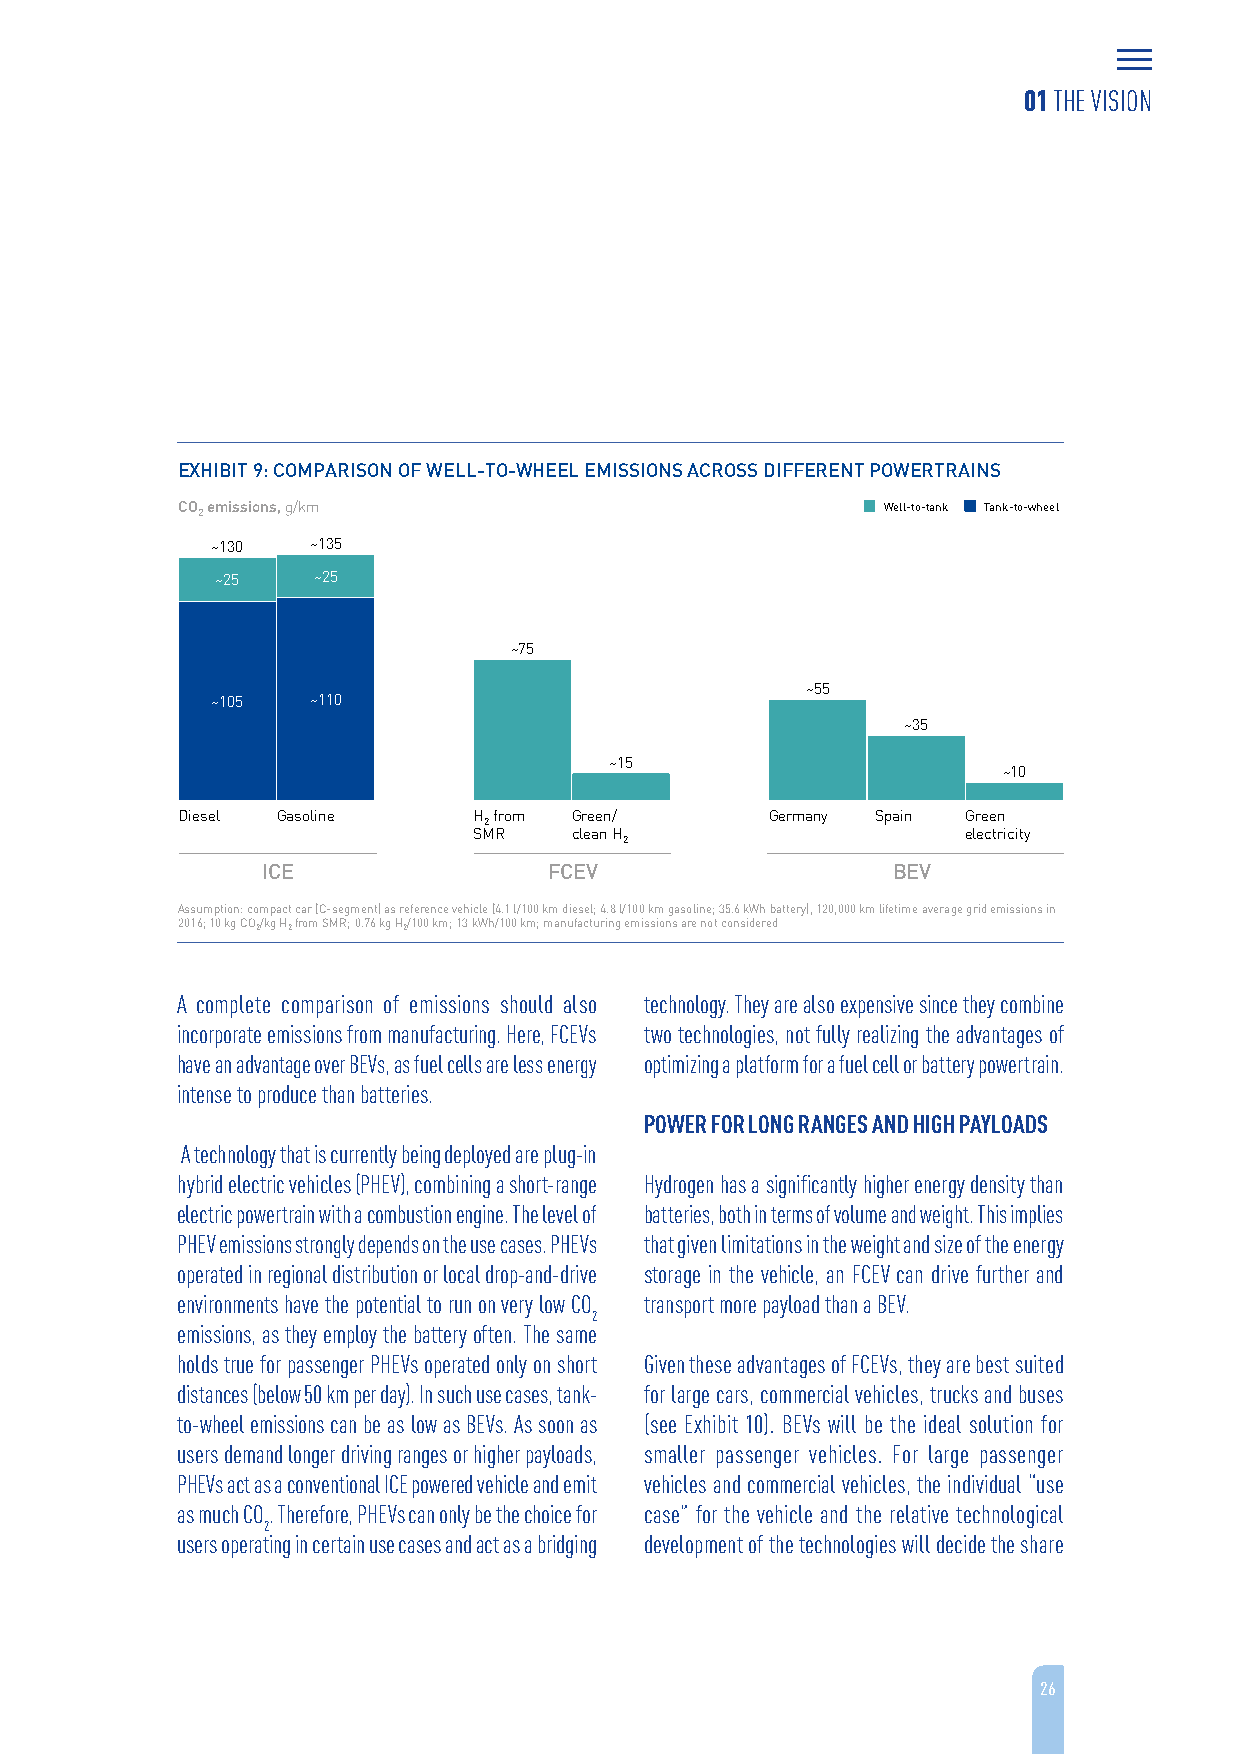
01 THE VISION
 EXHIBIT 9: COMPARISON OF WELL-TO-WHEEL EMISSIONS ACROSS DIFFERENT POWERTRAINS
 CO 2emissions, g/km                           Well-to-tank Tank-to-wheel
 ~130   ~135
 ~25    ~25
 ~75
 ~55
 ~105   ~110
 ~35
 ~15
 ~10
 Diesel Gasoline    H from Green/       Germany Spain Green
 2
 SMR    clean H                   electricity
 2
 ICE                FCEV                   BEV
 Assumption: compact car (C-segment) as reference vehicle (4.1 l/100 km diesel; 4.8 l/100 km gasoline; 35.6 kWh battery), 120,000km lifetime average grid emissions in
 2016; 10 kg CO2/kg H2from SMR; 0.76 kg H2/100 km; 13 kWh/100 km; manufacturing emissions are not considered
 A complete comparison of emissions should also technology. They are also expensive since they combine
 incorporate emissions from manufacturing. Here, FCEVs two technologies, not fully realizing the advantages of
 have an advantage over BEVs, as fuel cells are less energy optimizing a platform for a fuel cell or battery powertrain.
 intense to produce than batteries.
 POWER FOR LONG RANGES AND HIGH PAYLOADS
 A technology that is currently being deployed are plug-in
 hybrid electric vehicles (PHEV), combining a short-range Hydrogen has a significantly higher energy density than
 electric powertrain with a combustion engine. The level of batteries, both in terms of volume and weight. This implies
 PHEV emissions strongly depends on the use cases. PHEVs that given limitations in the weight and size of the energy
 operated in regional distribution or local drop-and-drive storage in the vehicle, an FCEV can drive further and
 environments have the potential to run on very low CO transport more payload than a BEV.
 2
 emissions, as they employ the battery often. The same
 holds true for passenger PHEVs operated only on short Given these advantages of FCEVs, they are best suited
 distances (below 50 km per day). In such use cases, tank- for large cars, commercial vehicles, trucks and buses
 to-wheel emissions can be as low as BEVs. As soon as (see Exhibit 10). BEVs will be the ideal solution for
 users demand longer driving ranges or higher payloads, smaller passenger vehicles. For large passenger
 PHEVs act as a conventional ICE powered vehicle and emit vehicles and commercial vehicles, the individual “use
 as much CO. Therefore, PHEVs can only be the choice for case” for the vehicle and the relative technological
 2
 users operating in certain use cases and act as a bridging development of the technologies will decide the share
 26